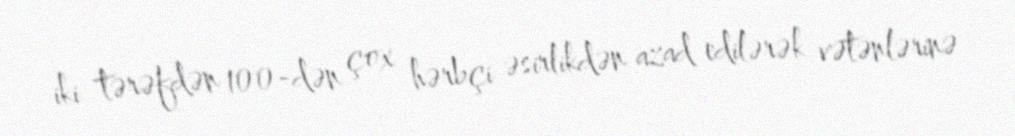
iki tərəfdən 100-dən çox hərbçi əsirlikdən azad edilərək vətənlərinə